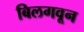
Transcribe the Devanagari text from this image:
बिलगवून